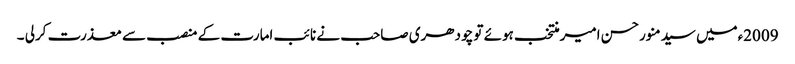
2009ءمیں سیدمنورحسن امیرمنتخب ہوئے تو چودھری صاحب نے نائب امارت کے منصب سے معذرت کرلی ۔